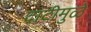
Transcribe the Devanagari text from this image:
दाटीमुळे